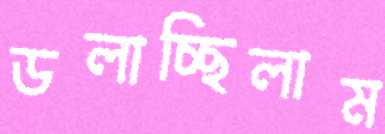
ডলাচ্ছিলাম